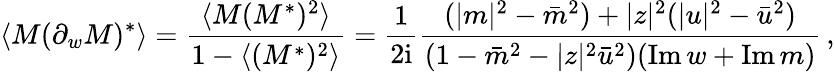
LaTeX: \langle M(\partial_{w}M)^{*}\rangle=\frac{\langle M(M^{*})^{2}\rangle}{1-\langle(M^{*})^{2}\rangle}=\frac{1}{2\mathrm{i}}\frac{(|m|^{2}-\bar{m}^{2})+|z|^{2}(|u|^{2}-\bar{u}^{2})}{(1-\bar{m}^{2}-|z|^{2}\bar{u}^{2})(\mathrm{Im}\, w+\mathrm{Im}\, m)}\, ,